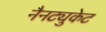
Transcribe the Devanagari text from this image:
नैनट्युकेट